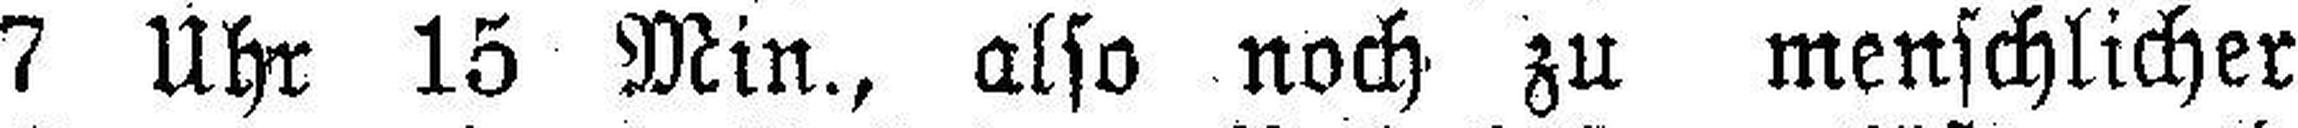
7 Uhr 15 Min., also noch zu menschlicher